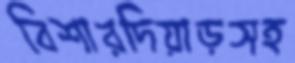
বিশারদিয়াড়সহ